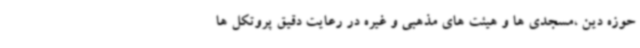
حوزه دین ،مسجدی ها و هیئت های مذهبی و غیره در رعایت دقیق پروتکل ها